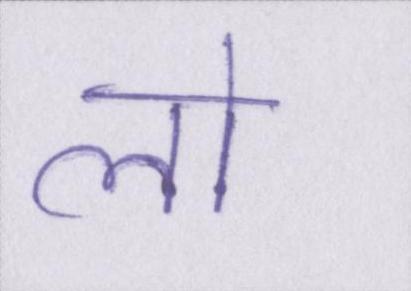
लो